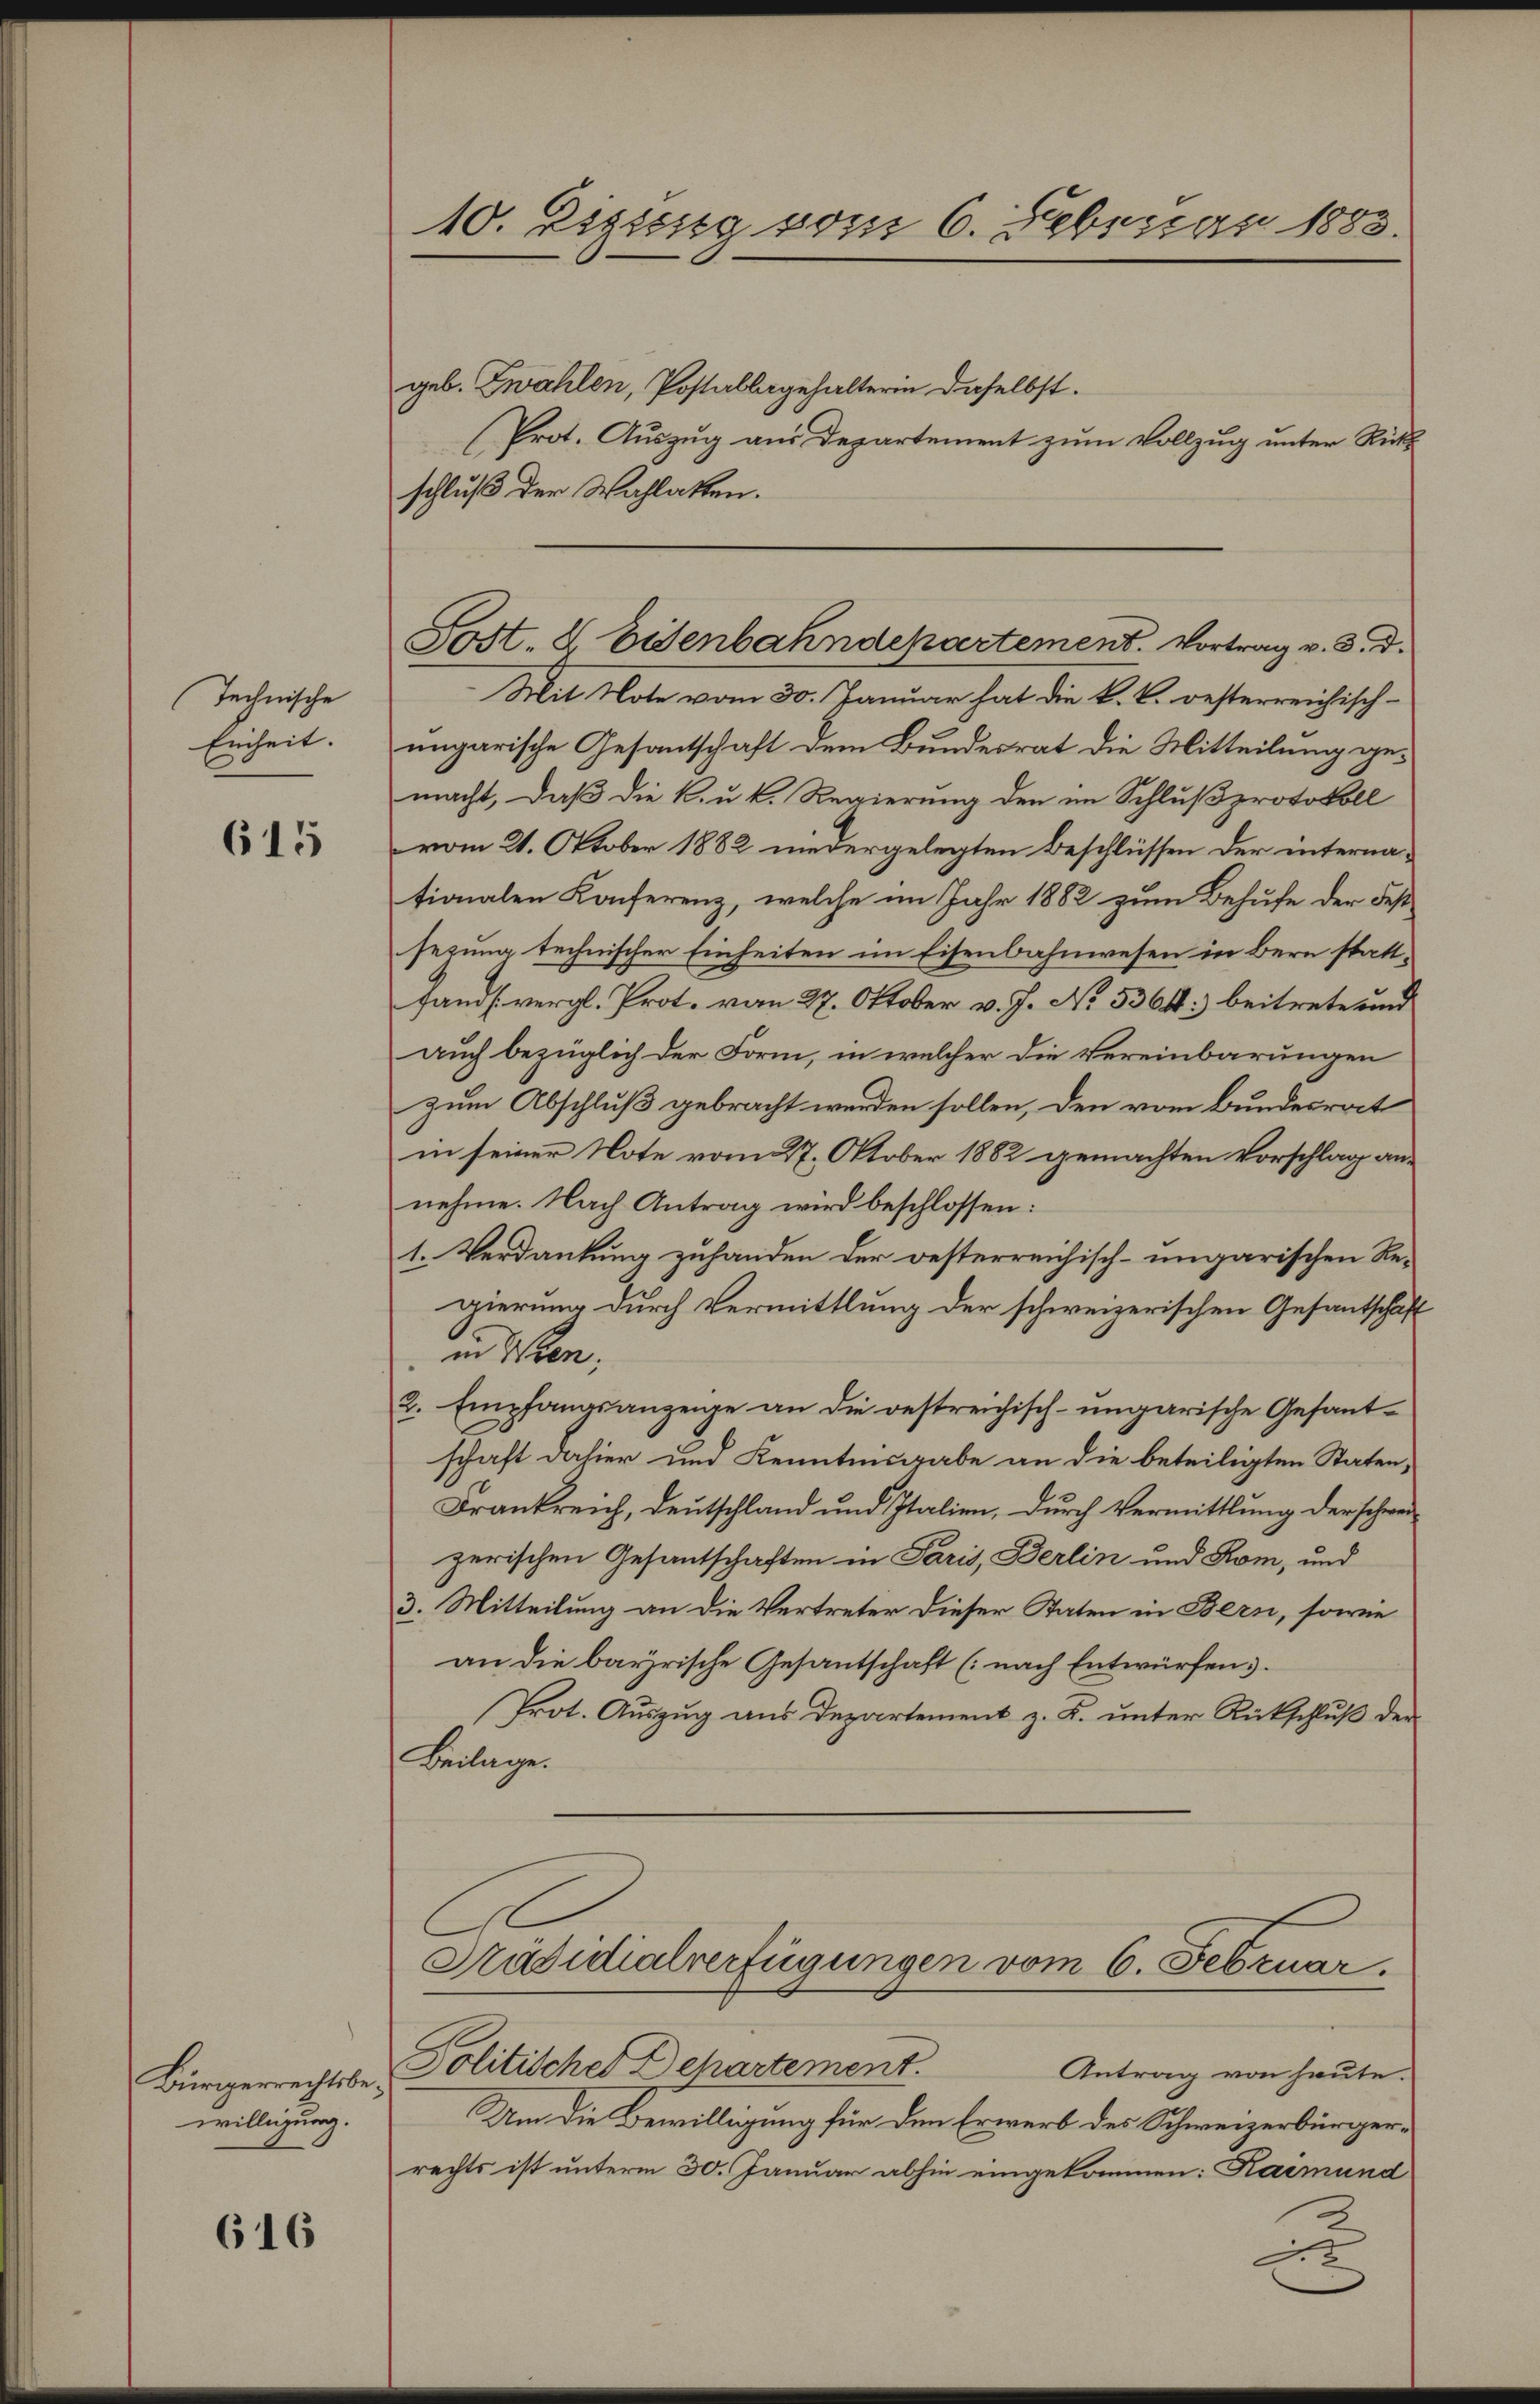
Technische
Einheit.

615

Bürgerrechtsbewilligung.

616

10. Eigeng vom 6. Februar 1883.

Sost, 2 Eisenbahndepartement. Vortrag v. 3. d.

geb. Zwahlen, Postallagehalterin daselbst.
(Prot. Auszug aus Departement zum Vollzug unter Rückschluß der Wahlatten.
Mit Note vom 30. Januar hat die k. k. oesterreichisch-
ungarische Gesantschaft dem Bundesrat die Mitteilung gemacht, daß die k. u. k. Regierung den im Schlußprotokoll
vom 21. Oktober 1882 niedergelegten Beschlüssen der internationalen Konferenz, welche im Jahr 1882 zum Behufe der Fes
sezung technischer Einheiten im Eisenbahnwesen in Bern stattfand vergl. Prot. vom 27. Oktober v. J. No 5364) beitrete und
auch bezüglich der Form, in welcher die Vereinbarungen
zum Abschluß gebracht werden sollen, den vom Bundesrat
in seiner Note vom 27. Oktober 1882 gemachten Vorschlag annehme. Nach Antrag wird beschlossen:
1. Verdankung zuhanden der oesterreichisch-ungarischen Regierung durch Vermittlung der schweizerischen Gesantschäf
in Iten,
2. Empfangsanzeige an die oestreichisch-ungarische Gesantschaft dahier und Kenntnisgabe an die beteiligten Staten,
Frankreich, Deutschland und Italien, durch Vermittlung der schweizerischen Gesantschaften in Paris, Berlin und Rom, und
3. Mitteilung an die Vertreter dieser Staten in Bern, sowie
an die bayrische Gesantschaft (nach Entwürfen.
Prot. Auszug aus Departement z. B. unter Rückschluß der
Beilage.
Präsidialverfügungen vom 6. Februar.
Politisches Departement.
Antrag von heute.
Um die Bewilligung für den Erwerb des Schweizerbürgerrechts ist unterm 30. Januar abhin eingekommen: Raimund
2